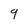
Character: 9